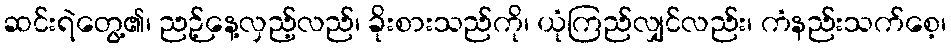
ဆင်းရဲတွေ့၏၊ ညဉ့်နေ့လှည့်လည်၊ ခိုးစားသည်ကို၊ ယုံကြည်လျှင်လည်း၊ ကံနည်းသက်စေ့၊